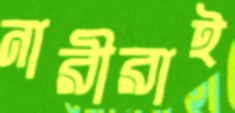
নারীরাই